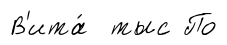
В'ита́ тыс По